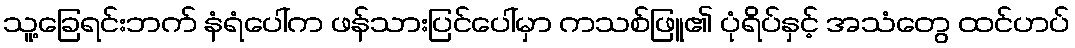
သူ့ခြေရင်းဘက် နံရံပေါ်က ဖန်သားပြင်ပေါ်မှာ ကသစ်ဖြူ၏ ပုံရိပ်နှင့် အသံတွေ ထင်ဟပ်